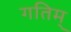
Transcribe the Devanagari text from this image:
गतिम्